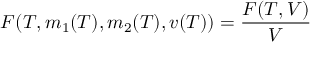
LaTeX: F ( T , m _ { 1 } ( T ) , m _ { 2 } ( T ) , v ( T ) ) = \frac { { \cal F } ( T , V ) } { V }